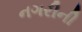
નગરીની